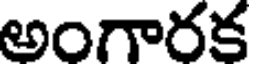
అంగారక